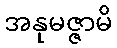
အနုမဇ္ဇာမိ